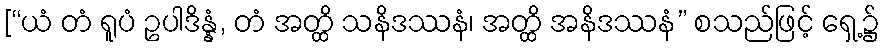
[“ယံ တံ ရူပံ ဥပါဒိန္နံ, တံ အတ္ထိ သနိဒဿနံ၊ အတ္ထိ အနိဒဿနံ” စသည်ဖြင့် ရှေ့၌